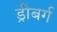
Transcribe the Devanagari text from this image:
ड्रीबर्ग